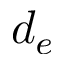
d _ { e }